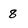
Character: 8